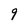
Character: 9